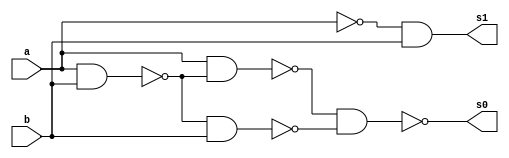
//Nome: Gabriel Benjamim de Carvalho
//Matrcula: 396690


module meiadiferenca (s0, s1, a, b);
 output s0, s1;
 input  a, b;
 wire s2,s3,s4,s5,s6,s7;


 
 nand nandgate1 (s2, a, b);
 nand nandgate7 (s6, a, a);
 nand nandgate2 (s7, s6, b);
 nand nandgate8 (s1, s7, s7);
 nand nandgate3 (s3, a, b);
 nand nandgate4 (s4, a, s3);
 nand nandgate5 (s5, s3, b);
 nand nandgate6 (s0, s4, s5);

endmodule 



module diferencacompleta(s0, s1, a, b, v);

wire q0,q1,q2;
output s0, s1;
input a, b, v;



meiadiferenca MD1 (q0, q1, a, b);
meiadiferenca MD2 (s0, q2, v, q0);
or OR1 (s1, q1, q2);


endmodule 




module testediferencacompleta;
 reg   a, b, v;             
 wire  s0, s1;
         

 diferencacompleta DIFERENCACOMPLETA1 (s0, s1, a, b, v);

 initial begin:start
      a=0; b=0; v=0;
 end


          
 initial begin:main
      $display("Nome: Gabriel Benjamim de Carvalho - 396690");
      $display("Diferenca completa usandos duas meia diferenca com portas NAND.");
      $display("\nv a b = s1 s0\n");
      $monitor(" %b %b %b = %b %b", v, a, b, s1, s0);
#1 a=0;b=1;v=0;
#1 a=1;b=0;v=0;
#1 a=1;b=1;v=0;
#1 a=0;b=0;v=1;
#1 a=0;b=1;v=1;
#1 a=1;b=0;v=1;
#1 a=1;b=1;v=1;
  
 end

endmodule